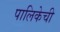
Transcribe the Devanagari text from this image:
पालिकेची